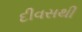
દીવસથી